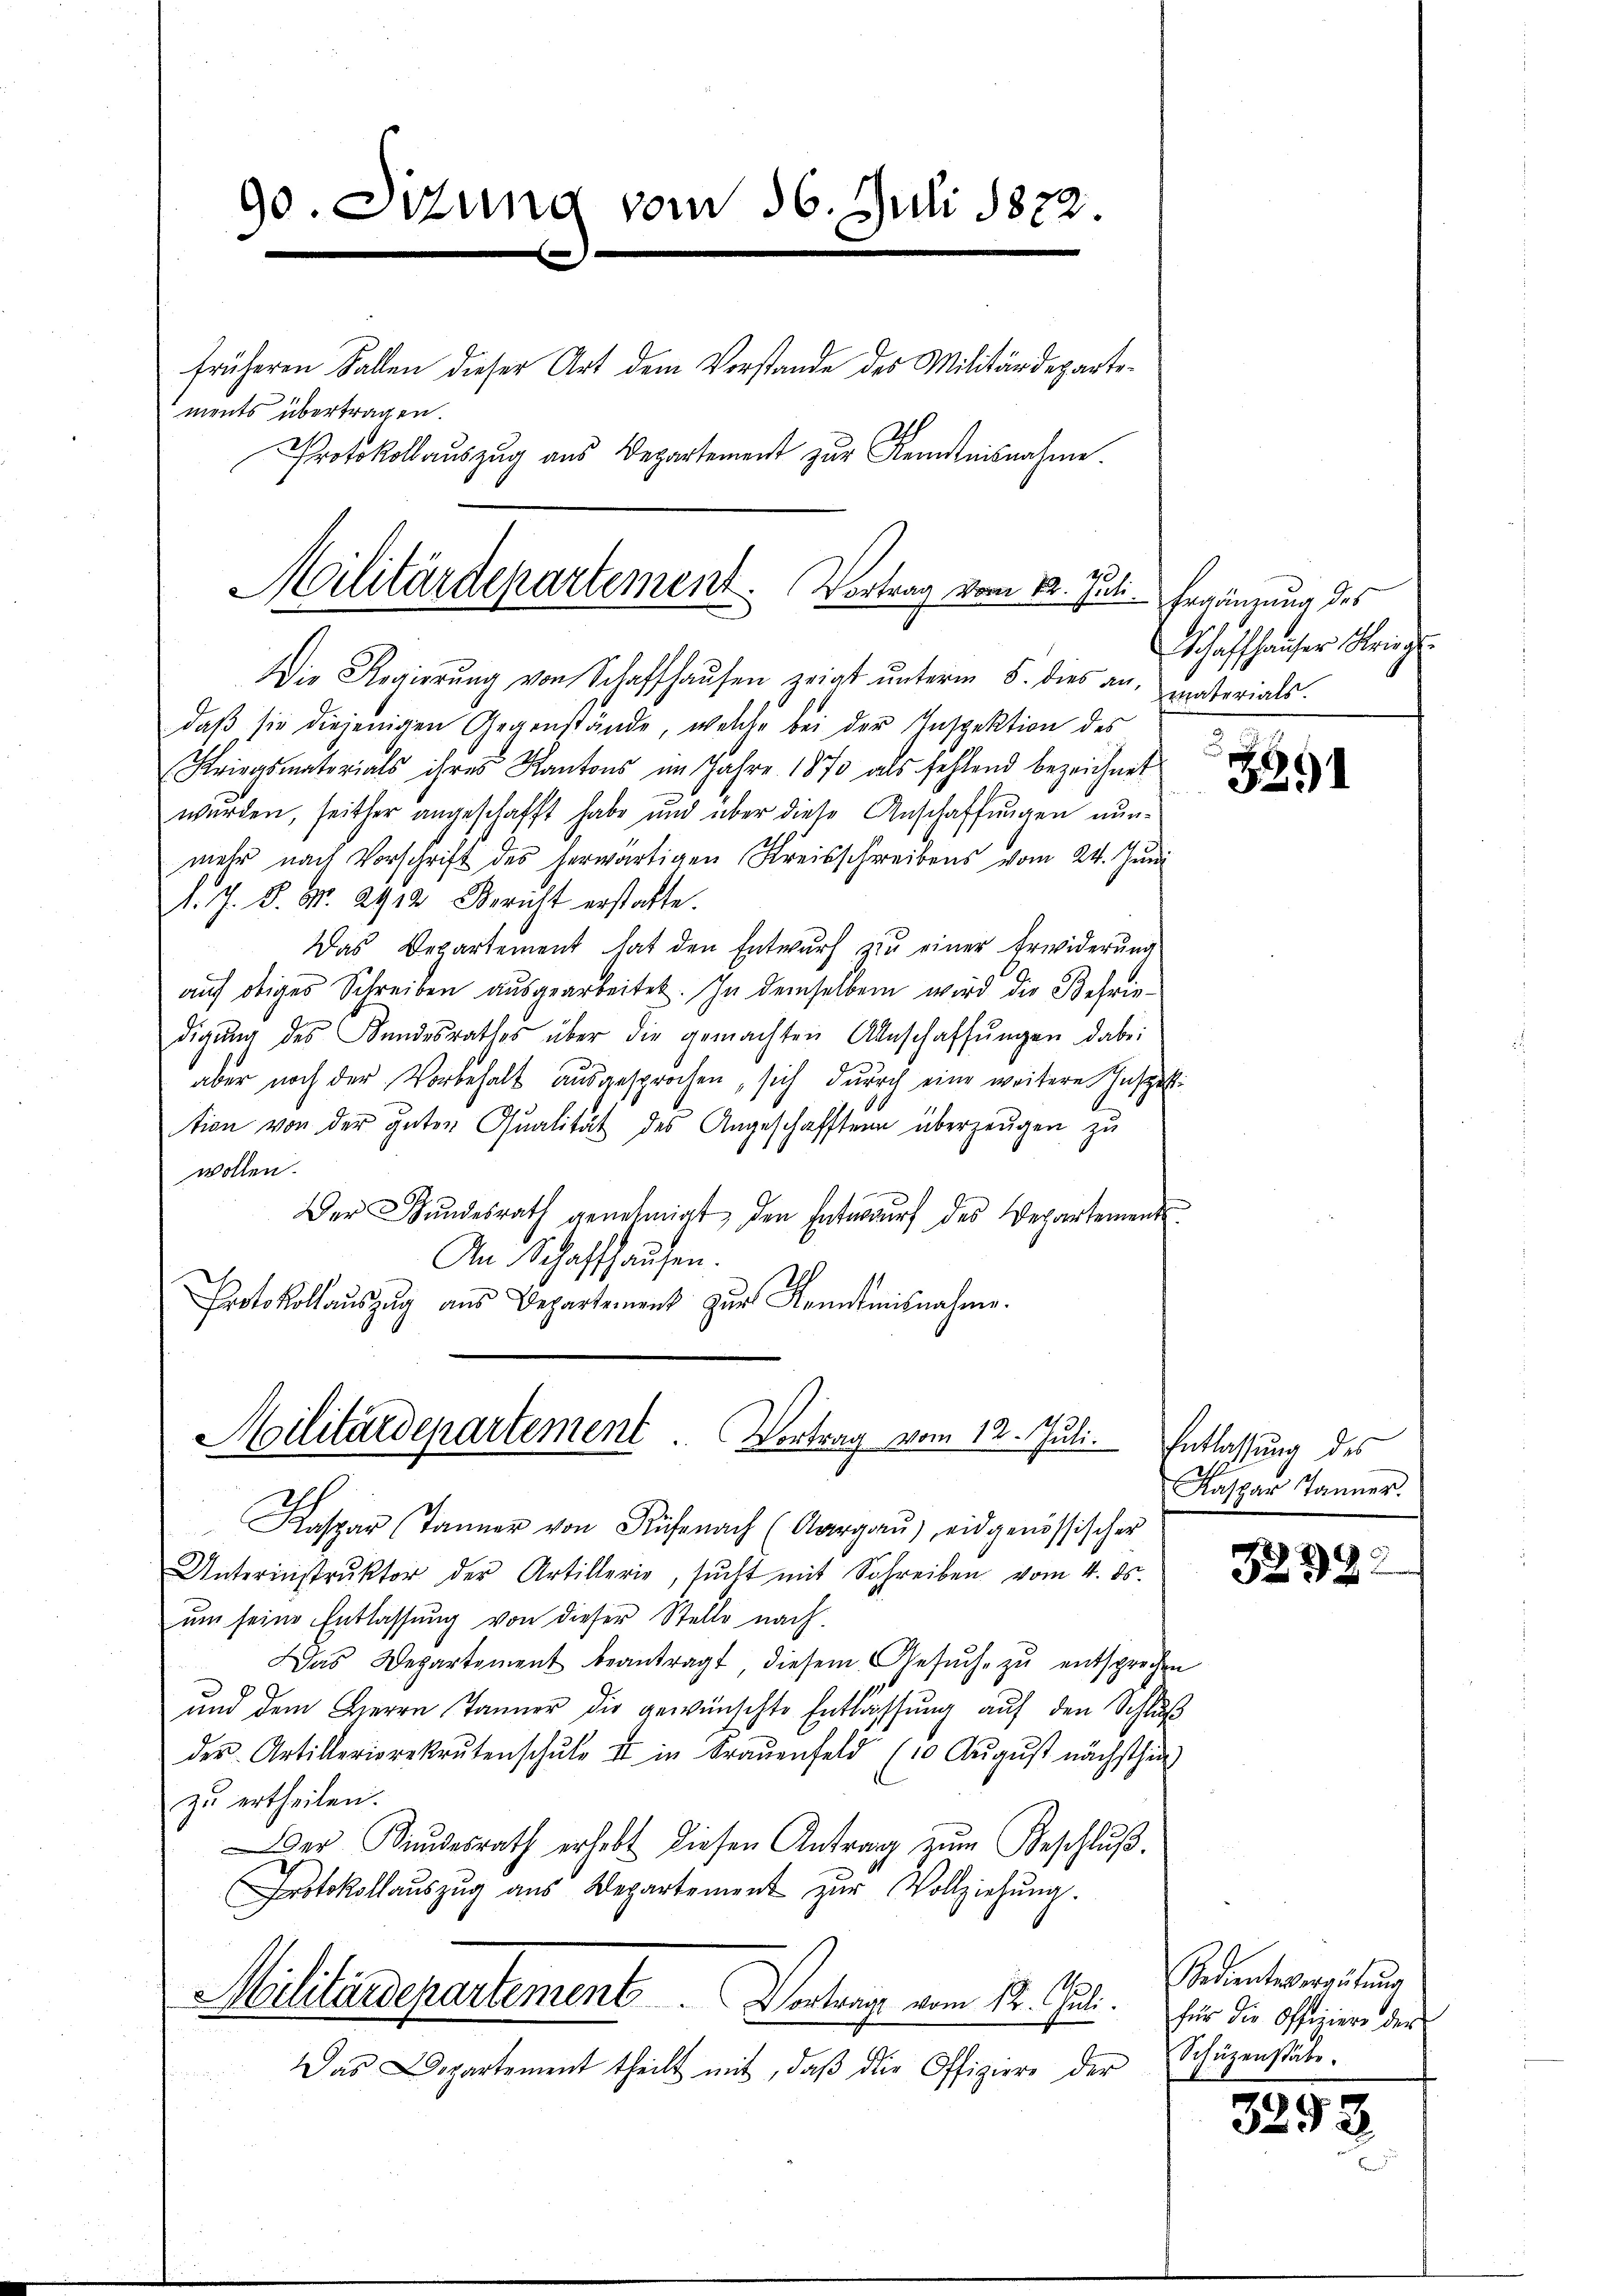
90.Ottung vom 16. Juli 1822.
)
früheren Fallen dieser Art dem Vorstande des Militärdepartements übertragen.
Protokollauszug aus Departement zur Kenntnisnahme.

Militärdepartement. Vortrag vom 12. Juli.

daβ sie diejenigen Gegenstände, welche bei der Inspektion des
Kriegsmaterials ihres Kantons im Jahre 1870 als fehlend bezeichnet
werden, seither angeschafft habe und über diese Anschaffungen nunmehr nach Vorschrift des herwärtigen Kreisschreibens vom 24. Juni
1. J. S. Nr. 2912 Bericht erstatte.
Das Departement hat den Entwurf zu einer Erwiderung
auf obiges Schreiben ausgearbeitet. In demselben wird die Befrie-
digŭng des Bundesrathes über die gemachten Anschaffŭngen dabei
aber noch der Vorbehalt aŭsgesprochen, sich dŭrch eine weitere Inspetti
tion von der guten Qualität des Angeschafften überzeugen zu
wollen.
Der Bŭndesrath genehmigt, den Entwurf des Departement
An Schaffhausen.
Protokollaŭszŭg aŭs Departement zŭr Kenntnisnahme.

Militärdepartement. Vortrag vom 12. Juli. Entlassung des

Kaspar (Tanner von Rüfenach (Aargaŭ) eidgenössischer
Unterinstrŭktor der Artillerie, sŭcht mit Schreiben vom 4. ds.
ŭm seine Entlassŭng von dieser Stelle nach
Das Departement beantragt, diesem Gesŭche zŭ entsprechen
und dem Herrn Jänner die gewünschte Entlassung auf den Schluß
des Artillerierekrutenschŭle u in Fraŭenfeld (10 Aŭgŭst nächsthin
zu ertheilen.
Der Kindesrath erhebt diesen Antrag zŭm Beschlŭβ.
Protokollauszug aus Departement zur Vollziehung.
Militärdepartement Vortrage vom 12. Juli.
Das Departement theilt mit, daß die Offiziere der

Die Regierŭng von Schaffhaŭsen zeigt ŭnterm 5. dies an, materials.

Ergänzung des
Schaffhauser Obrig

.
3291

Kaspar Tanner.

3232.

Bedientsvergütŭng
für die Offiziers der
Schüzenstäbe.

3293